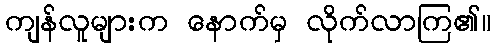
ကျန်လူများက နောက်မှ လိုက်လာကြ၏။